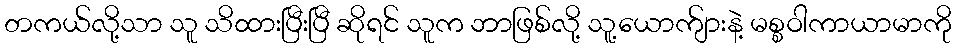
တကယ်လို့သာ သူ သိထားပြီးပြီ ဆိုရင် သူက ဘာဖြစ်လို့ သူ့ယောက်ျားနဲ့ မစ္စဝါကာယာမာကို